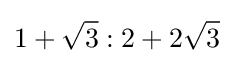
1+{\sqrt {3}}:2+2{\sqrt {3}}